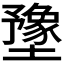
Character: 𫮻